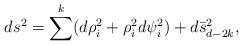
LaTeX: \begin{align*}ds^2 = \sum^{k} (d\rho_{i}^2 + \rho_{i}^{2} d\psi_{i}^{2}) +d\bar{s}_{d-2k}^2,\end{align*}